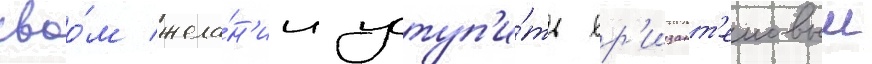
своо́м жела́н'ии уступ'и́ть хр'изант'емовыи